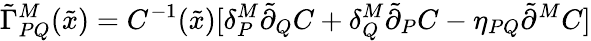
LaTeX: \tilde{\Gamma}_{PQ}^{M}(\tilde{x})=C^{-1}(\tilde{x})[\delta_{P}^{M}\tilde{\partial}_{Q}C+\delta_{Q}^{M}\tilde{\partial}_{P}C-\eta_{PQ}\tilde{\partial}^{M}C]